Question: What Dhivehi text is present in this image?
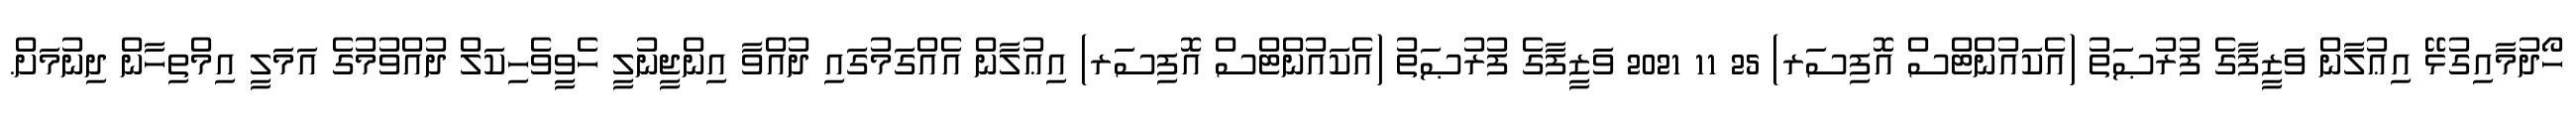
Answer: ހޯދުމާއިގުޅޭ އިޢުލާން ވަޒީފާގެ ފުރުޞަތު (އެކައުންޓްސް އޮފިސަރ) 25 11 2021 ވަޒީފާގެ ފުރުޞަތު (އެކައުންޓްސް އޮފިސަރ) އިޢުލާން އެއްގަމުގައި ދުއްވާ އިންޖީނުލީ ހެވީވެހިކަލް ދުއްވުމުގެ އަމަލީ އިމްތިހާން ދިނުމަށް.